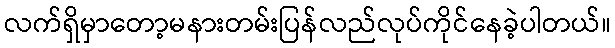
လက်ရှိမှာတော့မနားတမ်းပြန်လည်လုပ်ကိုင်နေခဲ့ပါတယ်။